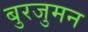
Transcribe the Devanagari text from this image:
बुरजुमन